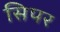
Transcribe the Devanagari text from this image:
सिपर